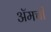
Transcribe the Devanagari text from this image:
ॲमची